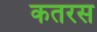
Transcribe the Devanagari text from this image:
कतरस